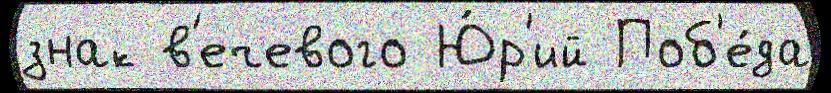
знак в'ечевого Ю́р'ий Поб'е́да